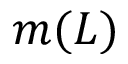
m ( L )